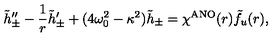
\tilde { h } _ { \pm } ^ { \prime \prime } - \frac { 1 } { r } \tilde { h } _ { \pm } ^ { \prime } + ( 4 \omega _ { 0 } ^ { 2 } - \kappa ^ { 2 } ) \tilde { h } _ { \pm } = \chi ^ { \mathrm { A N O } } ( r ) \tilde { f } _ { u } ( r ) ,